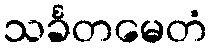
သင်္ခတမေတံ